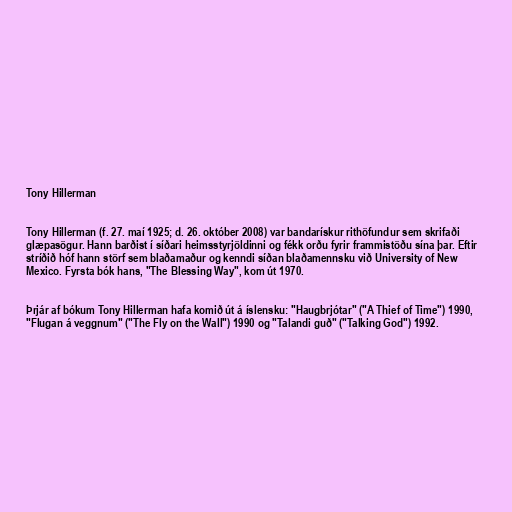
Tony Hillerman

Tony Hillerman (f. 27. maí 1925; d. 26. október 2008) var bandarískur rithöfundur sem skrifaði
glæpasögur. Hann barðist í síðari heimsstyrjöldinni og fékk orðu fyrir frammistöðu sína þar. Eftir
stríðið hóf hann störf sem blaðamaður og kenndi síðan blaðamennsku við University of New
Mexico. Fyrsta bók hans, "The Blessing Way", kom út 1970.

Þrjár af bókum Tony Hillerman hafa komið út á íslensku: "Haugbrjótar" ("A Thief of Time") 1990,
"Flugan á veggnum" ("The Fly on the Wall") 1990 og "Talandi guð" ("Talking God") 1992.